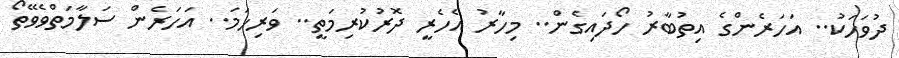
ދުވަހަކު.. އަހަރެންގެ އިތުބާރު ހޯދައިގެން.. މިހާރު އެހެރީ ދޮރުކުރިމަތީ.. ވަރިހަމަ.. އަހަރެން ސަލާމަތްވެވޭތޯ